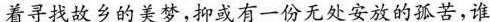
着寻找故乡的美梦，抑或有一份无处安放的孤苦，谁